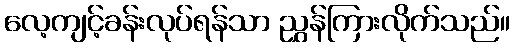
လေ့ကျင့်ခန်းလုပ်ရန်သာ ညွှန်ကြားလိုက်သည်။